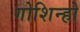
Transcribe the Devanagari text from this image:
गोशिन्हो